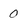
Character: 0